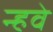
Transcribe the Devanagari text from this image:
न्हवे